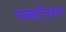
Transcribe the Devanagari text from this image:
एब्सट्रैक्शन